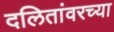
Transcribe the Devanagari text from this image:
दलितांवरच्या